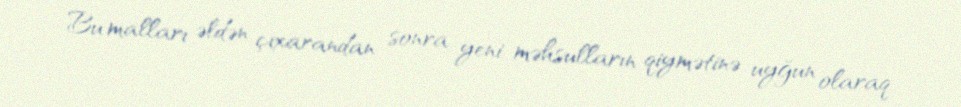
Bu malları əldən çıxarandan sonra yeni məhsulların qiymətinə uyğun olaraq